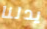
يدلنا